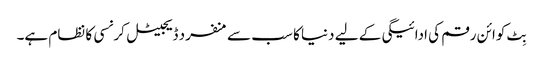
بِٹ کوائن رقم کی ادائیگی کے لیے دنیا کا سب سے منفرد ڈیجیٹل کرنسی کا نظام ہے۔